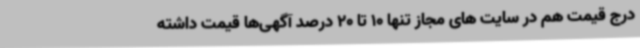
درج قیمت هم در سایت های مجاز تنها 10 تا 20 درصد آگهی‌ها قیمت داشته